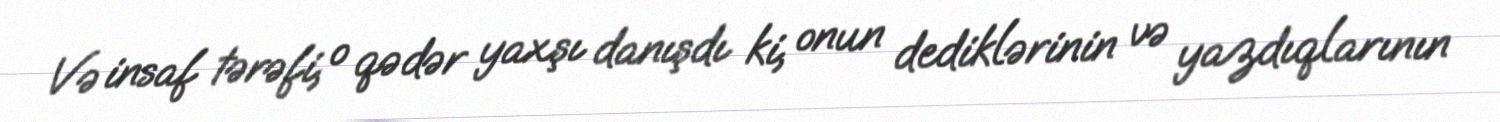
Və insaf tərəfi, o qədər yaxşı danışdı ki, onun dediklərinin və yazdıqlarının